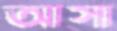
আসা